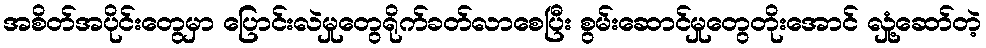
အစိတ်အပိုင်းတွေမှာ ပြောင်းလဲမှုတွေရိုက်ခတ်လာစေပြီး စွမ်းဆောင်မှုတွေတိုးအောင် လှုံ့ဆော်တဲ့